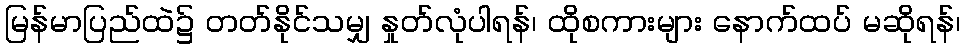
မြန်မာပြည်ထဲ၌ တတ်နိုင်သမျှ နှုတ်လုံပါရန်၊ ထိုစကားများ နောက်ထပ် မဆိုရန်၊